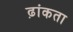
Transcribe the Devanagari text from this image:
ढ़ांकता